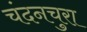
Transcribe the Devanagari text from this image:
चंदनचुरा